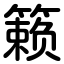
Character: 籁